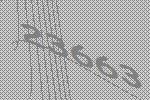
23663